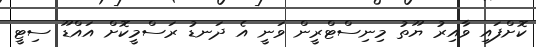
ކޮށްފައި ވާއިރު ޔޫތު މިނިސްޓްރީން ވަނީ އެ ދަނޑު ރަސްމީކޮށް އައްޑޫ ސިޓީ